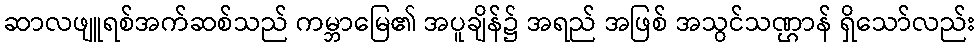
ဆာလဖျူရစ်အက်ဆစ်သည် ကမ္ဘာမြေ၏ အပူချိန်၌ အရည် အဖြစ် အသွင်သဏ္ဌာန် ရှိသော်လည်း